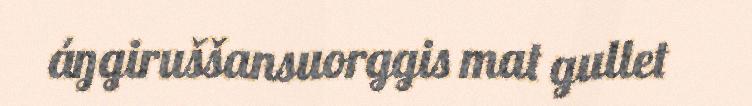
áŋgiruššansuorggis mat gullet